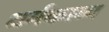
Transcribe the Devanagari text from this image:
धर्मकाव्य